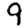
Digit: 9